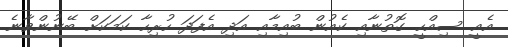
އެއީ ސިއްހީ ގޮތުނާއި ކެއުން ބުއިމާއި އަދި އެފަދަ ހުރިހާ ކަމަކަށް ބޭނުންވާނެ